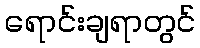
ရောင်းချရာတွင်